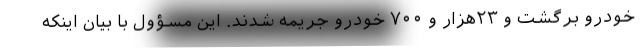
خودرو برگشت و ۲۳هزار و ۷۰۰ خودرو جریمه شدند. این مسؤول با بیان اینکه